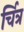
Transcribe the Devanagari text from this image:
र्चित्र